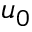
u _ { 0 }